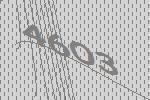
4603